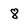
Character: 8